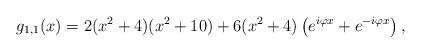
LaTeX: \begin{align*}g_{1,1}(x) = 2(x^2 + 4)(x^2 + 10) + 6 (x^2 + 4) \left(e^{i \varphi x} + e^{-i \varphi x}\right),\end{align*}